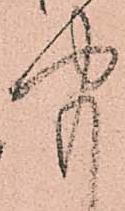
聞